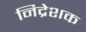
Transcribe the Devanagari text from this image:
निद्रेशक